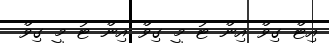
އިޓް ގިވް އިން ޓު މީ ގިވް އިން ޓު މީ ގިވް